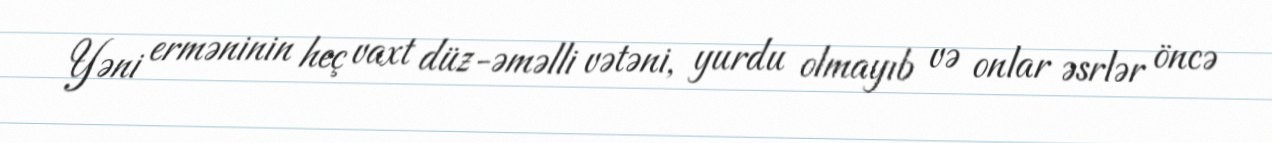
Yəni erməninin heç vaxt düz-əməlli vətəni, yurdu olmayıb və onlar əsrlər öncə